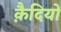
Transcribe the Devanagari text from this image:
कै़दियों